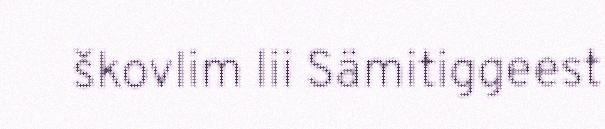
škovlim lii Sämitiggeest